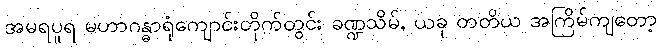
အမရပူရ မဟာဂန္ဓာရုံကျောင်းတိုက်တွင်း ခဏ္ဍသိမ်, ယခု တတိယ အကြိမ်ကျတော့